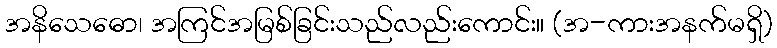
အနိသေဓော၊ အကြင်အမြစ်ခြင်းသည်လည်းကောင်း။ (အ-ကားအနက်မရှိ)